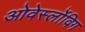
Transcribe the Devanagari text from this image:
ओवेर्स्लोविग